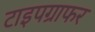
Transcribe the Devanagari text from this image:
टाइपग्राफर